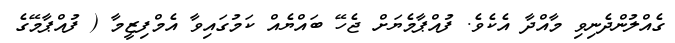
ގެއްލުންދެނިވި މާއްދާ އެކެވެ. ފުއްޕާމެޔަށް ޖެހޭ ބައްޔެއް ކަމުގައިވާ އެމްފިޒީމާ ( ފުއްޕާމޭގެ